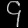
Digit: ၄